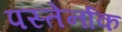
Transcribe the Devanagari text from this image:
पस्तेर्नाक